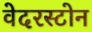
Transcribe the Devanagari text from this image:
वेदरस्‍टोन